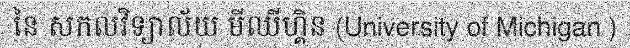
នៃ សកលវិទ្យាល័យ មីឈីហ្គិន (University of Michigan )